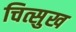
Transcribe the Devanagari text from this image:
चित्सुख